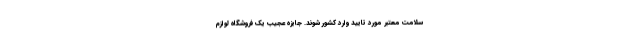
سلامت معتبر مورد تایید وارد کشور شوند. جايزه عجيب یک فروشگاه لوازم